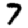
Digit: 7